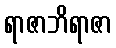
ရာဇာဘိရာဇာ